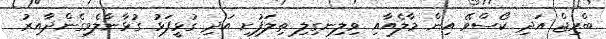
ބްރިޖް އަދި ކޯސްވޭ އިން މާލެއާއި ވިލިނގިލި ތިލަފުށި އަދި ގުޅީފަޅު ގުޅާނާލެވިގެންދާއިރު